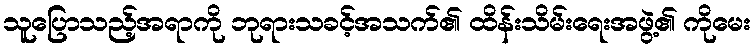
သူပြောသည့်အရာကို ဘုရားသခင့်အသက်၏ ထိန်းသိမ်းရေးအဖွဲ့၏ ကိုမေး